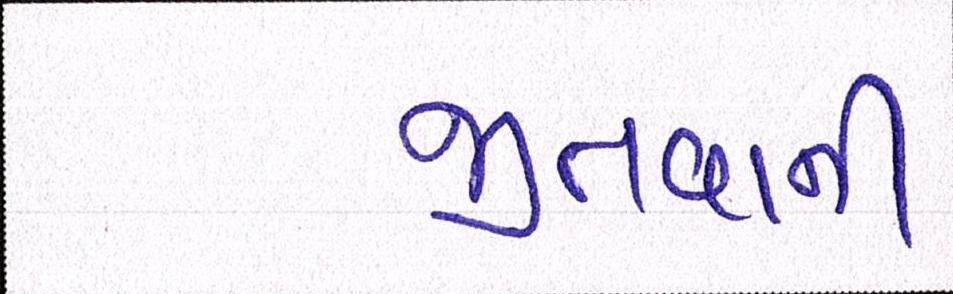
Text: જીતવાની